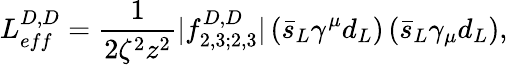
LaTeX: L_{eff}^{D,D}=\frac{1}{2\zeta^{2}z^{2}}|f_{2,3;2,3}^{D,D}|\left(\bar{s}_{L}\gamma^{\mu}d_{L}\right)\left(\bar{s}_{L}\gamma_{\mu}d_{L}\right),